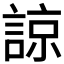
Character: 諒